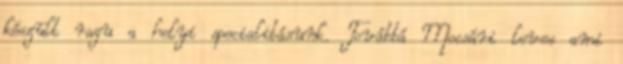
készült ragu a helyi specialitásunk. Továbbá Mocsári leves ami